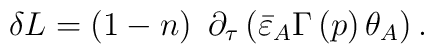
\delta L=\left( 1-n\right) \,\,\partial _\tau \left( \bar{\varepsilon}_A\Gamma \left( p\right) \theta _A\right) .